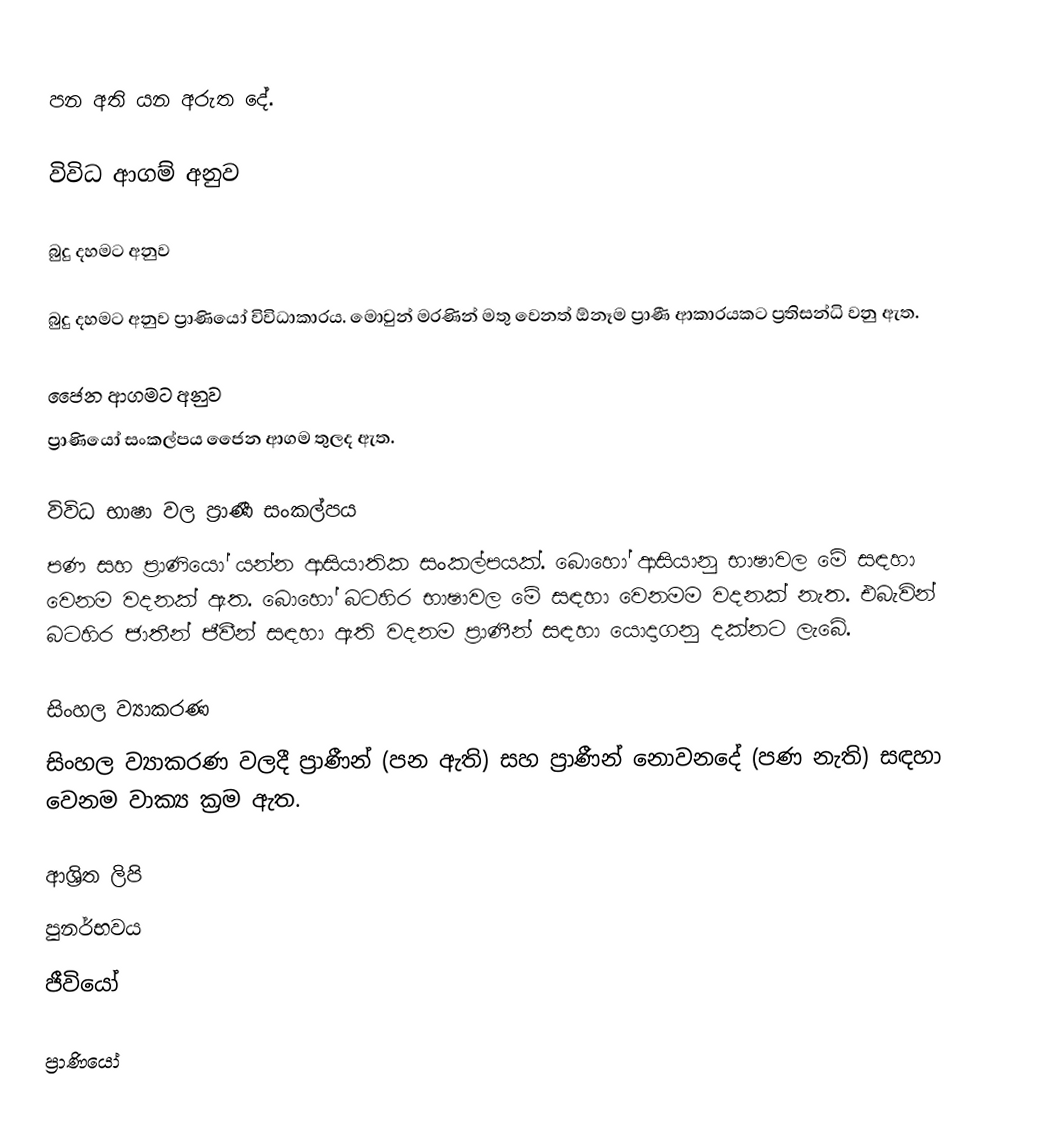
පන අති යන අරුත දේ.

විවිධ ආගම් අනුව

බුදු දහමට අනුව

බුදු දහමට අනුව ප්‍රාණියෝ විවිධාකාරය. මොවුන් මරණින් මතු වෙනත් ඕනෑම ප්‍රාණී ආකාරයකට ප්‍රතිසන්ධි වනු ඇත.

ජෛන ආගමට අනුව
ප්‍රාණියෝ සංකල්පය ජෛන ආගම තුලද ඇත.

විවිධ භාෂා වල ප්‍රාණී සංකල්පය
පණ සහ ප්‍රාණියෝ යන්න ආසියාතික සංකල්පයක්. බොහෝ ආසියානු භාෂාවල මේ සඳහා වෙනම වදනක් ඇත. බොහෝ බටහිර භාෂාවල මේ සඳහා වෙනමම වදනක් නැත. එබැවින් බටහිර ජාතීන් ජීවීන්  ස﻿ඳහා ඇති වදනම ප්‍රාණීන්  සඳහා යොදාගනු දක්නට ලැබේ.

සිංහල ව්‍යාකරණ
සිංහල ව්‍යාකරණ වලදී ප්‍රාණීන් (පන ඇති) සහ ප්‍රාණීන් නොවනදේ (පණ නැති)  සඳහා වෙනම වාක්‍ය ක්‍රම ඇත.

ආශ්‍රිත ලිපි
 පුනර්භවය
 ජීවියෝ

ප්‍රාණියෝ